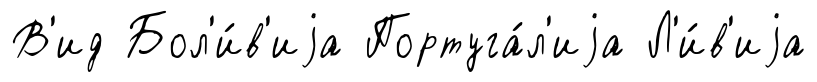
В'ид Бол'и́в'иjа Португа́л'иjа Л'и́в'иjа